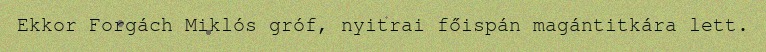
Ekkor Forgách Miklós gróf, nyitrai főispán magántitkára lett.